Madras plague regulations in force outside the Presidency town - Volume 7
Disease focus: Plague
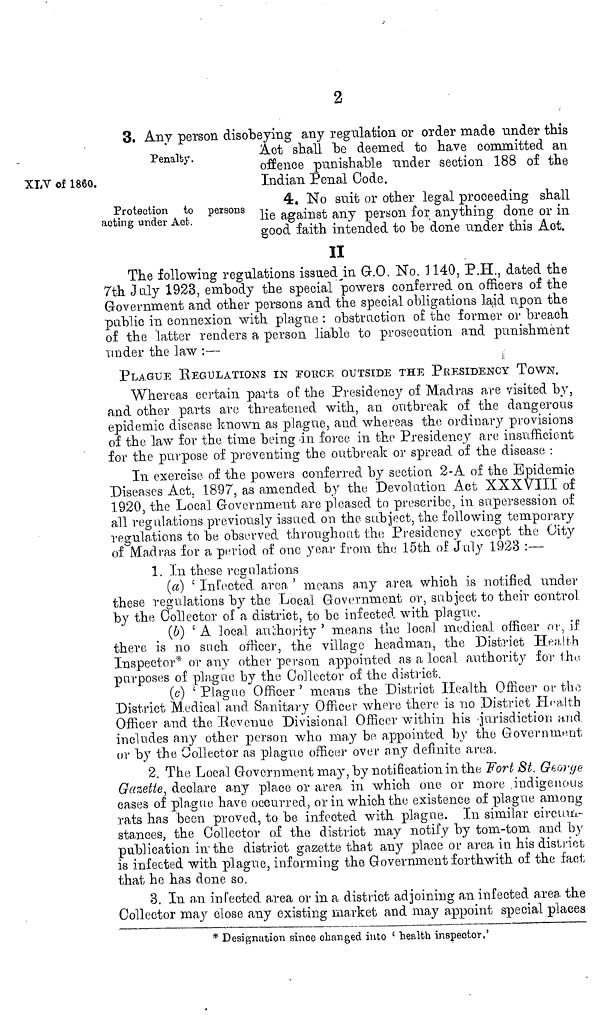
2
Penalty.
3. Any person disobeying any regulation or order made under this
Act shall "be deemed to have committed an
offence punishable under section 188 of the
Indian Penal Code.
XLV of I860.
Protection to persons
acting under Act.
4. No suit or other legal proceeding shall
lie against any person for anything done or in
good faith intended to be done under this Act.
II
The following regulations issued in G.O. No. 1140, P.H., dated the
7th July 1923, embody the special powers conferred on officers of the
Government and other persons and the special obligations laid upon the
public in connexion with plague : obstruction of the former or breach
of the latter renders a person liable to prosecution and punishment
under the law :—
i
PLAGUE REGULATIONS IN forCE OUTSIDE THE PRESIDENCY TOWN.
Whereas certain parts of the Presidency of Madras are visited by,
and other parts arc threatened with, an outbreak of the dangerous
epidemic disease known as plague, and whereas the ordinary provisions
of the, law for the time being in force in the Presidency are insufficient
for the purpose of preventing the outbreak or spread of the disease :
In exercise of the powers conferred by section 2-A of the Epidemic
"Diseases Act. 1897, as amended by the Devolution Act XXXIII of
1920, the Local Government are pleased to prescribe, in supersession of
all regulations previously issued on the subject, the following temporary
regulations to be observed throughout the Presidency except the City
of Madras for a period of one year from the 15th of July 1923 :—
1. In those regulations
(a) ' Infected area ' means any area which is notified under
these regulations by the Local Government or, subject to their control
by the Collector of a district, to be infected with plague.
(b) : A loca.l authority ' means the local medical officer or, if
there is no such officer, the village headman, the District Health
Inspector* or any other person appointed as a local authority for The
purposes of plague by the Collector of the district.
(c] ' Plague Officer ' means the District Health Officer or the
District Medical and Sanitary Officer where there is no District Health
Officer and the Revenue Divisional Officer within his -jurisdiction and
includes any other person who may be appointed by the Government
or by the Collector as plague officer over any definite area.
2. The Local Government may, by notification in the Fort st. George
Gazette, declare a,ny place or area in which one or more indigenous
cases of plague have occurred, or in which the existence of plague among
rats has been proved, to be infected with plague. In similar circum-
stances, the Collector of the district may notify by tom-tom and by
publication in the district gazette that any place or area in his district
is infected with plague, informing the Government forthwith of the fact
that he has done so.
3. In an infected area or in a district adjoining an infected area the
Collector may close any existing market and may appoint special places
* Designation since changed into ' health inspector,'